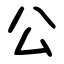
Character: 公